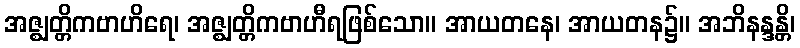
အဇ္ဈတ္တိကဗာဟိရေ၊ အဇ္ဈတ္တိကဗာဟီရဖြစ်သော။ အာယတနေ၊ အာယတန၌။ အဘိနန္ဒန္တိ၊